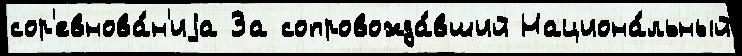
сор'евнова́н'иjа За сопровожда́вший Национа́льный